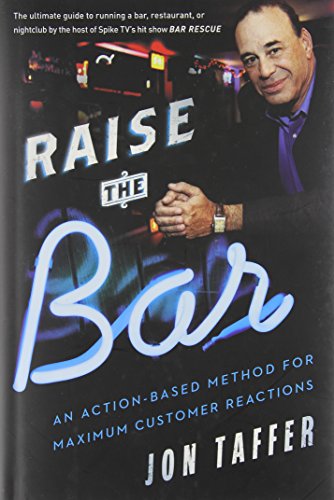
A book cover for Raise the Bar: An Action-Based Method for Maximum Customer Reactions; Jon Taffer; Business & Money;